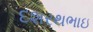
દશરથભાઇ